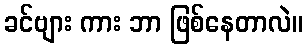
ခင်ဗျား ကား ဘာ ဖြစ်နေတာလဲ။